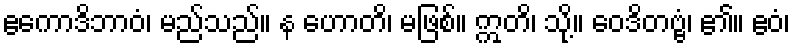
ဧကောဒိဘာဝံ၊ မည်သည်။ န ဟောတိ၊ မဖြစ်။ ဣတိ၊ သို့။ ဝေဒိတဗ္ဗံ၊ ၏။ ဧဝံ၊